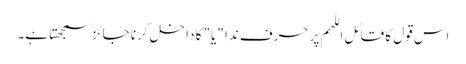
اس قول کا قائل اللھم پر حرف ندا "یا" کا داخل کرنا جائز سمجھتا ہے۔